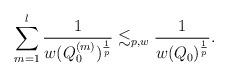
LaTeX: \begin{align*}\sum_{m=1}^l\frac{1}{w(Q_0^{(m)})^\frac{1}{p}}\lesssim_{p,w}\frac{1}{w(Q_0)^\frac{1}{p}}.\end{align*}